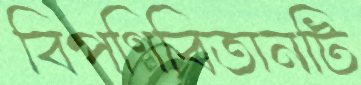
বিপণিবিতানটি